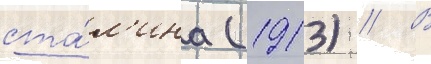
ста́л'ина (1913) // В